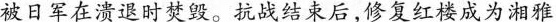
被日军在溃退时焚毁。抗战结束后，修复红楼成为湘雅